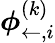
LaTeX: \boldsymbol{\phi}_{\leftarrow,i}^{(k)}